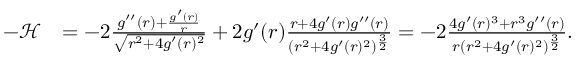
\begin{array} { r l } { - \mathcal { H } } & { = - 2 \frac { g ^ { \prime \prime } ( r ) + \frac { g ^ { \prime } ( r ) } { r } } { \sqrt { r ^ { 2 } + 4 g ^ { \prime } ( r ) ^ { 2 } } } + 2 g ^ { \prime } ( r ) \frac { r + 4 g ^ { \prime } ( r ) g ^ { \prime \prime } ( r ) } { ( r ^ { 2 } + 4 g ^ { \prime } ( r ) ^ { 2 } ) ^ { \frac { 3 } { 2 } } } = - 2 \frac { 4 g ^ { \prime } ( r ) ^ { 3 } + r ^ { 3 } g ^ { \prime \prime } ( r ) } { r ( r ^ { 2 } + 4 g ^ { \prime } ( r ) ^ { 2 } ) ^ { \frac { 3 } { 2 } } } . } \end{array}